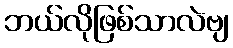
ဘယ်လိုဖြစ်သာလဲဗျ